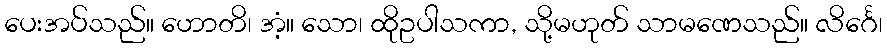
ပေးအပ်သည်။ ဟောတိ၊ အံ့။ သော၊ ထိုဥပါသကာ, သို့မဟုတ် သာမဏေသည်။ လိင်္ဂေ၊